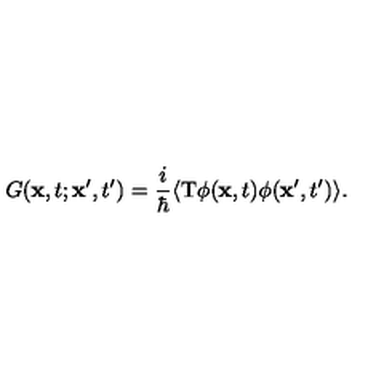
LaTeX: G ( { \bf x } , t ; { \bf x ^ { \prime } } , t ^ { \prime } ) = { \frac { i } { \hbar } } \langle \mathrm { T } \phi ( { \bf x } , t ) \phi ( { \bf x ^ { \prime } } , t ^ { \prime } ) \rangle .